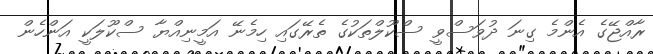
ރާއްޖޭގެ އެންމެ ގިނަ ދުވަސްވީ ސްކޫލްތަކުގެ ތެރޭގައި ހިމެނޭ އަމީނިއްޔާ ސްކޫލަކީ އަންހެން